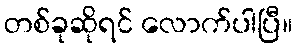
တစ်ခုဆိုရင် လောက်ပါပြီ။